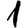
Digit: 1